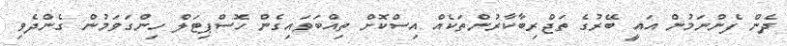
ދެން ފެންނަމުން އައީ ބޭރުގެ ތަޖްރިބާކާރުންތަކެއް އިސްކޮށް ތިއްބަވައިގެން ހޮސްޕިޓަލް ހިންގަވަމުން ގެންދެވި